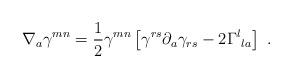
LaTeX: \begin{align*}\nabla_a\gamma^{mn}={1\over 2}\gamma^{mn}\left[\gamma^{rs}\partial_a\gamma_{rs}-2\Gamma^l{}_{la}\right]\ .\end{align*}